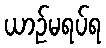
ယာဉ်မရပ်ရ